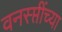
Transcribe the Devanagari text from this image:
वनस्प्तींच्या